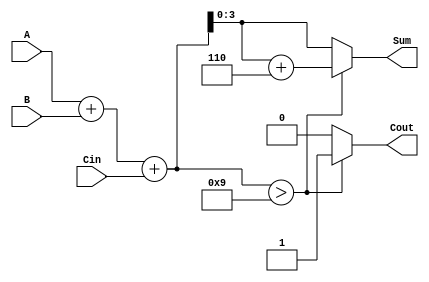
module BCD_Async_Adder (
    input wire [3:0] A,    // First BCD digit
    input wire [3:0] B,    // Second BCD digit
    input wire Cin,         // Carry-in
    output reg [3:0] Sum,   // BCD result of the addition
    output reg Cout         // Carry-out
);

    // Internal wire for the binary sum
    wire [4:0] binary_sum; // 5 bits to accommodate carry
    assign binary_sum = A + B + Cin;

    // Always block to calculate BCD result and carry-out
    always @(*) begin
        if (binary_sum > 4'd9) begin
            Sum = binary_sum + 4'd6; // Correct to BCD
            Cout = 1'b1;              // Set carry-out
        end else begin
            Sum = binary_sum[3:0];    // Keep the lower 4 bits
            Cout = 1'b0;              // No carry-out
        end
    end

endmodule